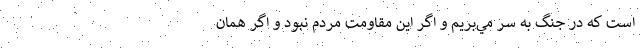
است كه در جنگ به سر مي‌بريم و اگر اين مقاومت مردم نبود و اگر همان